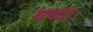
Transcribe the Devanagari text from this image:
बच्ची।